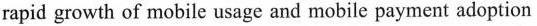
rapid growth of mobile usage and mobile payment adoption